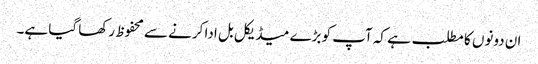
ان دونوں کا مطلب ہے کہ آپ کو بڑے میڈیکل بل ادا کرنے سے محفوظ رکھا گیا ہے۔